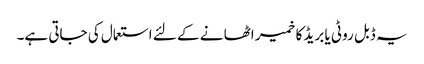
یہ ڈبل روٹی یا بریڈ کا خمیر اٹھا نے کے لئے استعمال کی جاتی ہے۔